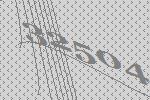
32504